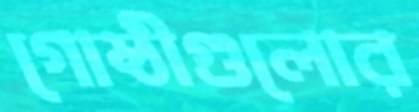
গোষ্ঠীগুলোর